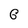
Character: G